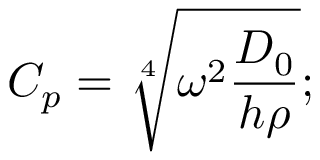
C _ { p } = \sqrt [ 4 ] { \omega ^ { 2 } \frac { D _ { 0 } } { h \rho } } ;